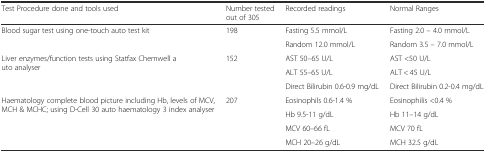
| Test Procedure done and tools used | Number tested out of 305 | Recorded readings | Normal Ranges |
 | --- | --- | --- | --- |
 | <ROWSPAN=2> Blood sugar test using one-touch auto test kit | <ROWSPAN=2> 198 | Fasting 5.5 mmol/L | Fasting 2.0 – 4.0 mmol/L |
 | Random 12.0 mmol/L | Random 3.5 – 7.0 mmol/L |
 | <ROWSPAN=3> Liver enzymes/function tests using Statfax Chemwell auto analyser | <ROWSPAN=3> 152 | AST 50–65 U/L | AST <50 U/L |
 | ALT 55–65 U/L | ALT < 45 U/L |
 | Direct Bilirubin 0.6-0.9 mg/dL | Direct Bilirubin 0.2-0.4 mg/dL |
 | <ROWSPAN=4> Haematology complete blood picture including Hb, levels of MCV, MCH & MCHC; using D-Cell 30 auto haematology 3 index analyser | <ROWSPAN=4> 207 | Eosinophils 0.6-1.4 % | Eosinophilis <0.4 % |
 | Hb 9.5-11 g/dL | Hb 11–14 g/dL |
 | MCV 60–66 fL | MCV 70 fL |
 | MCH 20–26 g/dL | MCH 32.5 g/dL |